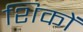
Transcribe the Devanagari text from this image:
शिकों